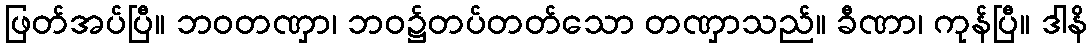
ဖြတ်အပ်ပြီ။ ဘဝတဏှာ၊ ဘဝ၌တပ်တတ်သော တဏှာသည်။ ခီဏာ၊ ကုန်ပြီ။ ဒါနိ